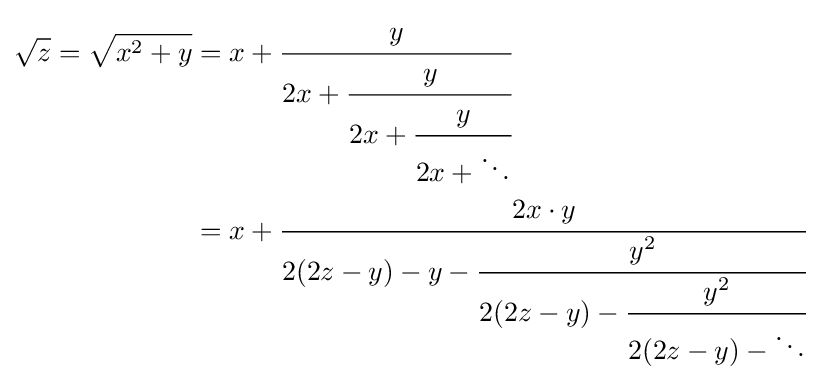
{\begin{aligned}{\sqrt {z}}={\sqrt {x^{2}+y}}&=x+{\cfrac {y}{2x+{\cfrac {y}{2x+{\cfrac {y}{2x+\ddots }}}}}}\\&=x+{\cfrac {2x\cdot y}{2(2z-y)-y-{\cfrac {y^{2}}{2(2z-y)-{\cfrac {y^{2}}{2(2z-y)-\ddots }}}}}}\end{aligned}}